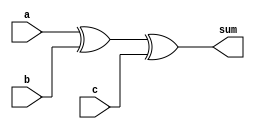
module fa_sum (sum, a, b, c);
	output sum;
	input a, b, c;

	xor sum_gate (sum, a, b, c);
endmodule